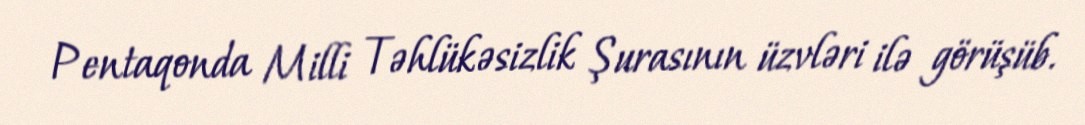
Pentaqonda Milli Təhlükəsizlik Şurasının üzvləri ilə görüşüb.